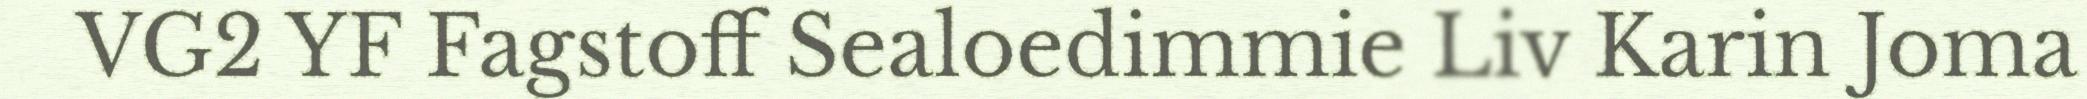
VG2 YF Fagstoff Sealoedimmie Liv Karin Joma